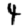
Digit: 4